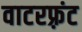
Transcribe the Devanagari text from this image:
वाटरफ़्रंट